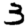
Digit: 3